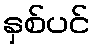
နှစ်ပင်